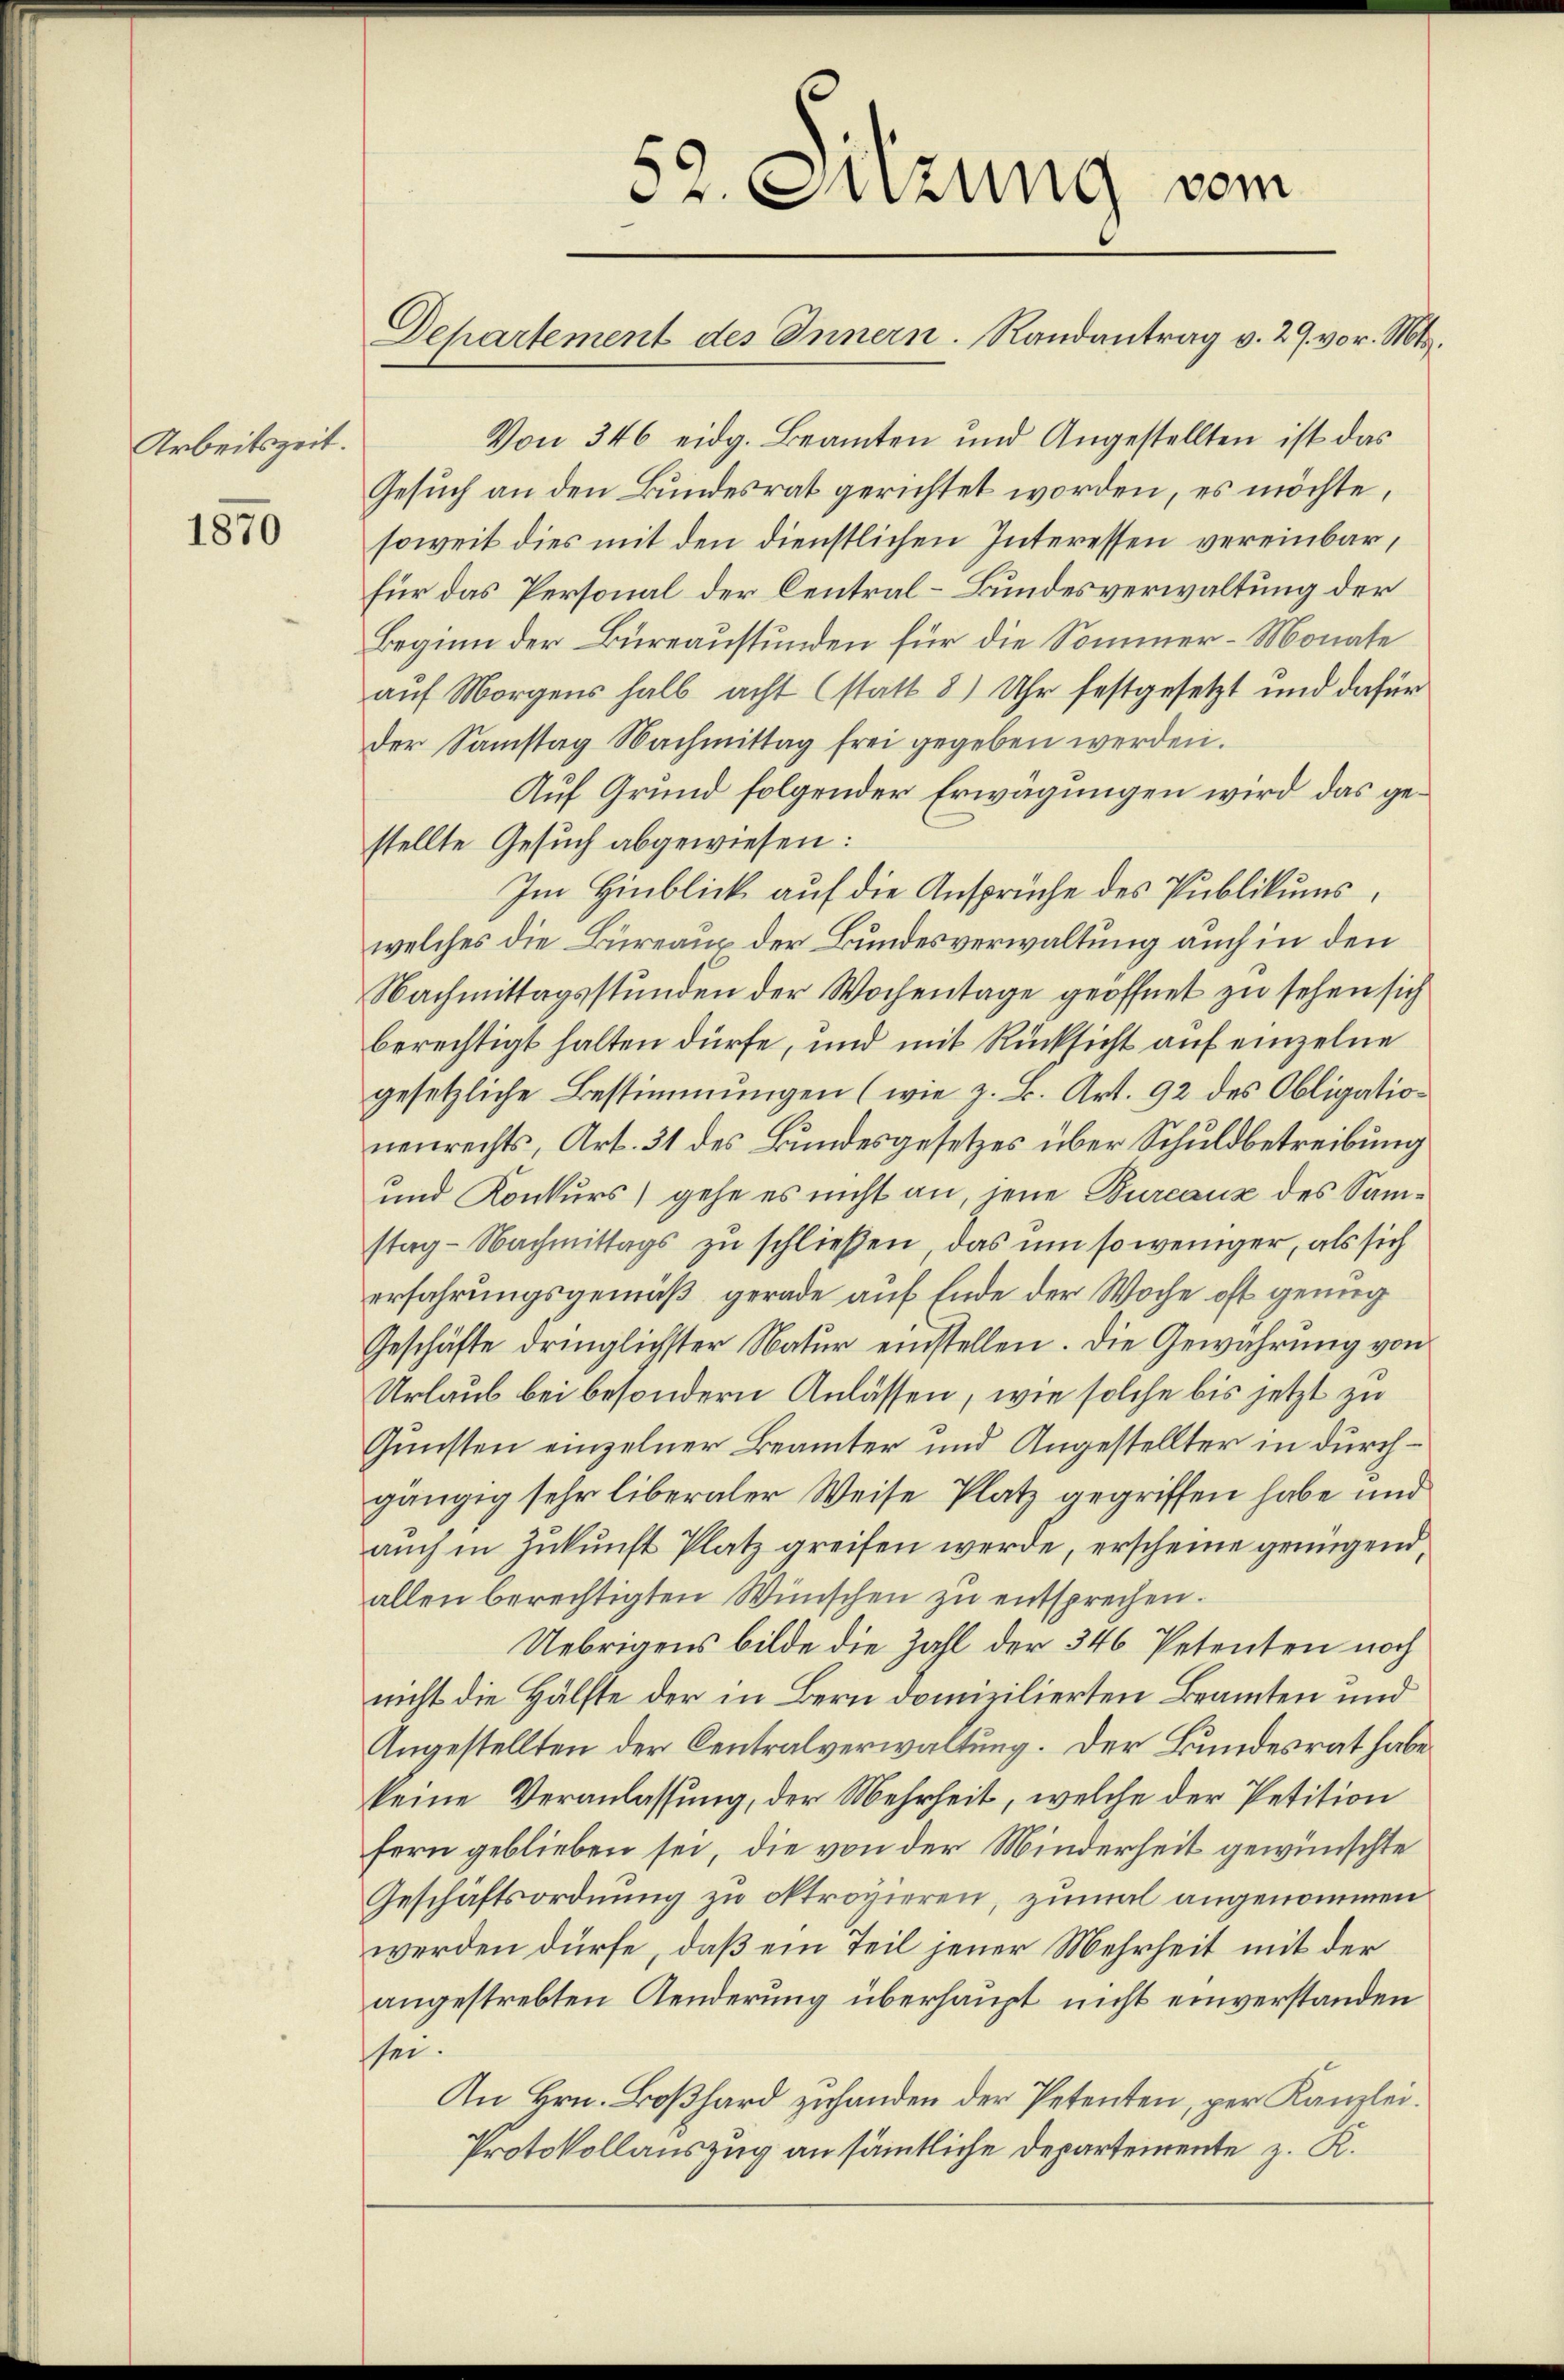
Arbeitszeit.

1870

Von 346 eidg. Beamten und Angestellten ist das
Gesuch an den Bundesrat gerichtet worden, es möchte,
soweit dies mit den dienstlichen Interessen vereinbar,
für das Personal der Central-Bundesverwaltung der
Beginn der Büreaustunden für die Sommer-Monate
auf Morgens halb acht (statt 8) Uhr festgesetzt und dafür
der Samstag Nachmittag frei gegeben werden.
Auf Grund folgender Erwägungen wird das gestellte Gesuch abgewiesen:
Im Hinblick auf die Anspruche des Publikums,
welches die Büreaux der Bundesverwaltung auch in den
Nachmittagsstunden der Wochentage geöffnet zu sehen sich
berechtigt halten dürfe, und mit Rücksicht auf einzelne
gesetzliche Bestimmungen (wie z. B. Art. 92 des Obligation
nenrechts, Art. 31 des Bundesgesetzes über Schuldbetreibung
und Konkurs gehe es nicht an, jene Bureaux des Samstag-Nachmittags zu schließen, das um so weniger, als sich
erfahrungsgemäß gerade auf Ende der Woche oft genug
Geschäfte dringlichster Natur einstellen. Die Gewährung von
Urlaub bei besondern Anlassen, wie solche bis jetzt zu
Gunsten einzelner Beamter und Angestellter in durchgängig sehr liberaler Weise Platz gegriffen habe und
auch in Zukunft Platz greifen werde, erscheine genügend,
allen berechtigten Wünschen zu entsprechen.
Uebrigens bilde die Zahl der 346 Petenten noch
nicht die Hälfte der in Bern domizilierten Beamten und
Angestellten der Centralverwaltung. Der Bundesrat habe.
keine Veranlassung, der Mehrheit, welche der Petition
fern geblieben sei, die von der Minderheit gewünschte
Geschäftsordnung zu oktroyieren, zumal angenommen
werden dürfe, daß ein Teil jener Mehrheit mit der
angestrebten Aenderung überhaupt nicht einverstanden
sei.
An Hrn. Boßhard zuhanden der Petenten, per Kanzlei.
Protokollauszug an sämmtliche Departemente z. K.

Dr. Sizung vom
Departement des Innern. Randantrag v. 29. vor. Mts.